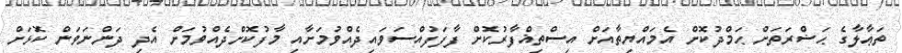
ތަޢާލާގެ ޙަޟްރަތަށް ޙަމްދުކޮށް އެމައްޔިތާއަށް އިސްތިޣްފާރުކޮށް ފާފަފުއްސަވައިދެއްވުމަށާއި މާފުކޮށްދެއްވުމަށް އެދި ދަންނަވަން ކޮޅަށް